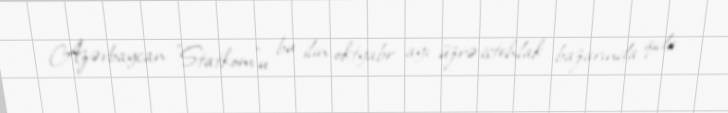
Azərbaycan ”Statkom"u bu ilin oktyabr ayı üzrə istehlak bazarında qida